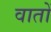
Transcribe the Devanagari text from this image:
वातों